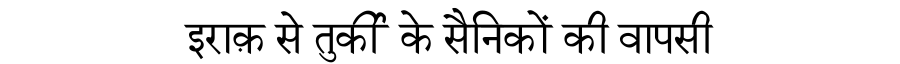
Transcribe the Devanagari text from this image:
इराक़ से तुर्की के सैनिकों की वापसी